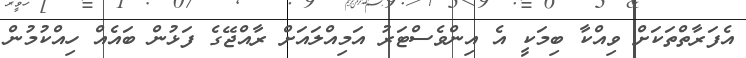
އެފަރާތްތަކަށް ވިއްކާ ބިމަކީ އެ އިންވެސްޓަރު އަމިއްލައަށް ރާއްޖޭގެ ފަޅުން ބައެއް ހިއްކުމުން